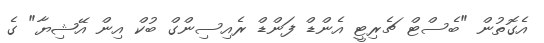
އެގޮތުން "ބެސްޓް ޗެރިޓީ އެންޑް ފަންޑް ރެއިސިންގް ބުކް އިން އޭޝިޔާ" ގެ